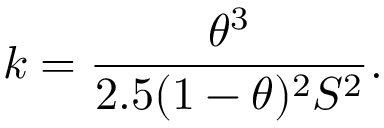
k = \frac { \theta ^ { 3 } } { 2 . 5 ( 1 - \theta ) ^ { 2 } S ^ { 2 } } .